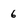
Character: 6